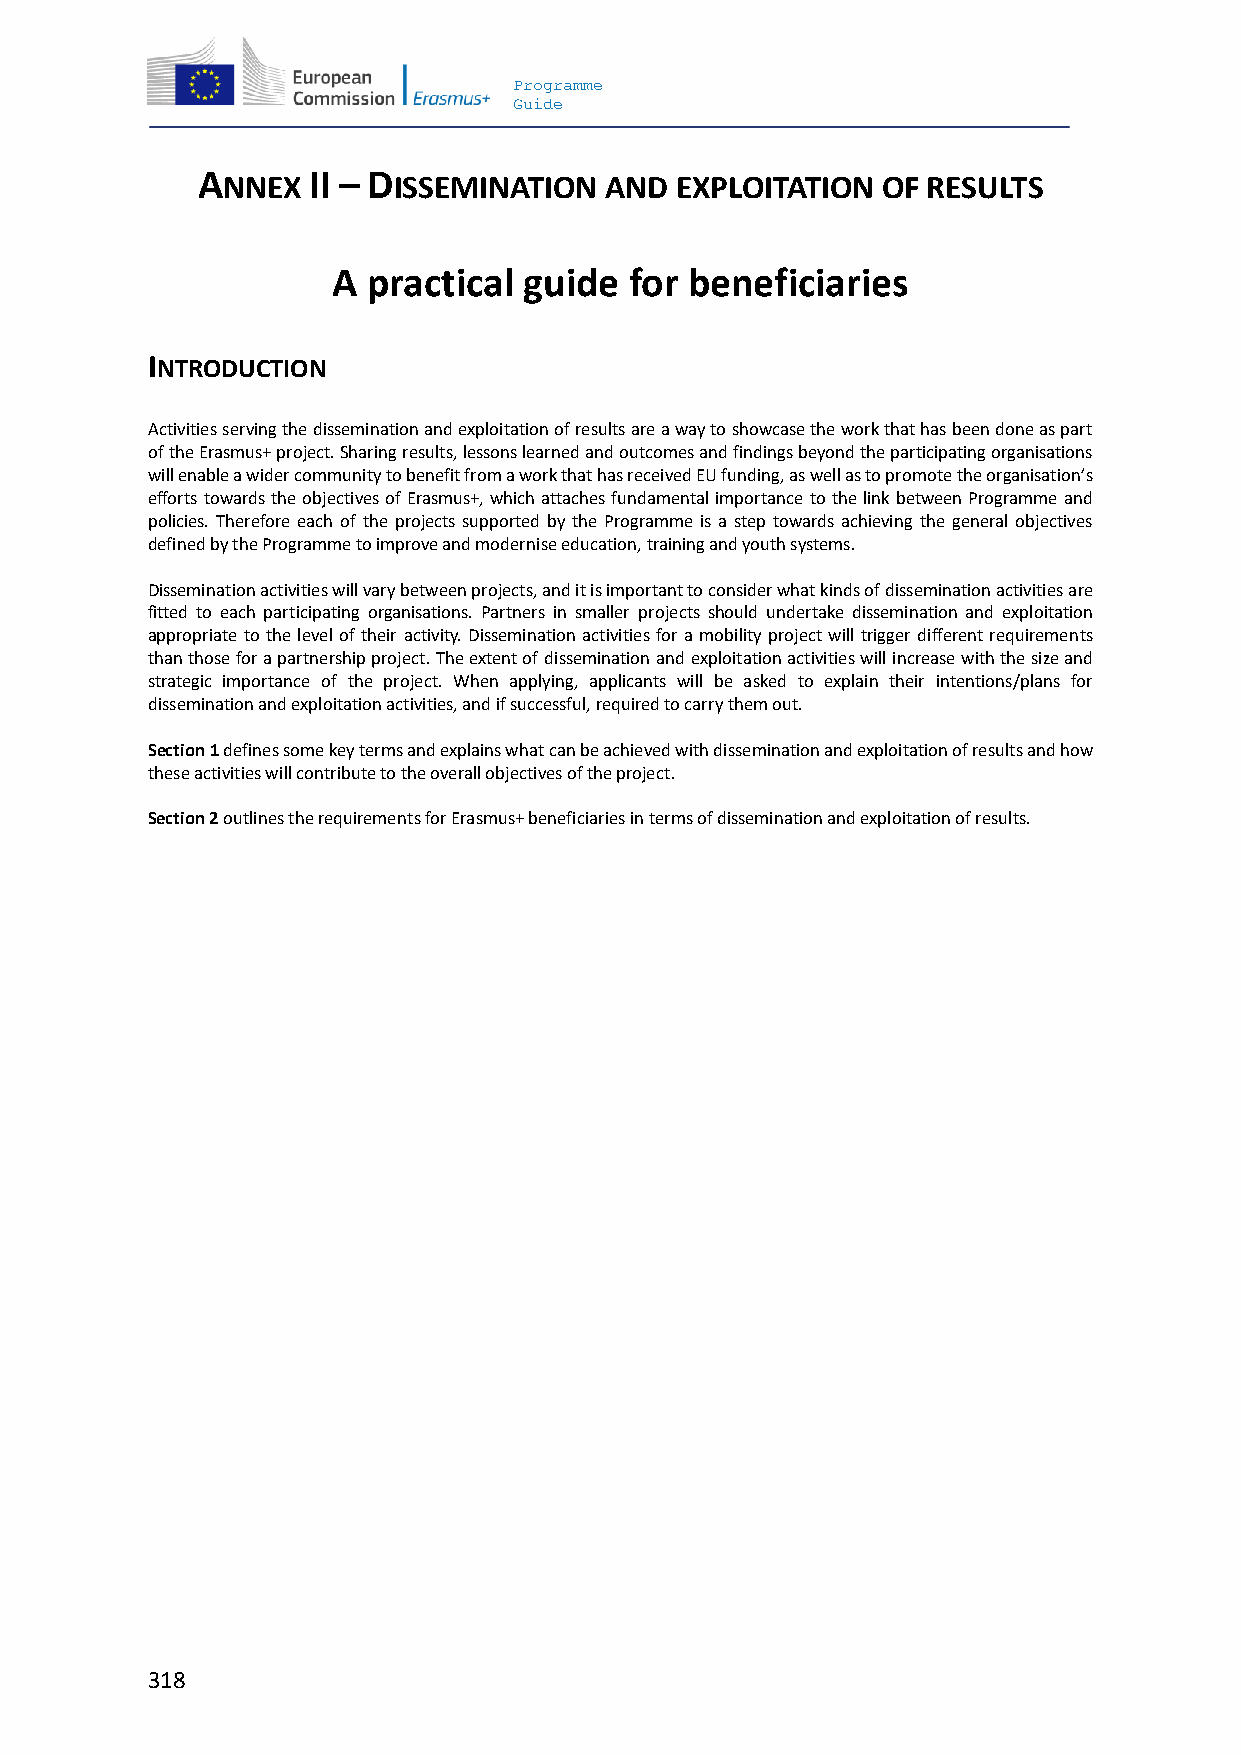
Programme
 Guide
 A      II – D
 NNEX       ISSEMINATION  AND  EXPLOITATION OF RESULTS
 A practical  guide  for beneficiaries
 INTRODUCTION
 Activities serving the dissemination and exploitation of results are a way to showcase the work that has been done as part
 of the Erasmus+ project. Sharing results, lessons learned and outcomes and findings beyond the participating organisations
 will enable a wider community to benefit from a work that has received EU funding, as well as to promote the organisation’s
 efforts towards the objectives of Erasmus+, which attaches fundamental importance to the link between Programme and
 policies. Therefore each of the projects supported by the Programme is a step towards achieving the general objectives
 defined by the Programme to improve and modernise education, training and youth systems.
 Dissemination activities will vary between projects, and it is important to consider what kinds of dissemination activities are
 fitted to each participating organisations. Partners in smaller projects should undertake dissemination and exploitation
 appropriate to the level of their activity. Dissemination activities for a mobility project will trigger different requirements
 than those for a partnership project. The extent of dissemination and exploitation activities will increase with the size and
 strategic importance of the project. When applying, applicants will be asked to explain their intentions/plans for
 dissemination and exploitation activities, and if successful, required to carry them out.
 Section 1 defines some key terms and explains what can be achieved with dissemination and exploitation of results and how
 these activities will contribute to the overall objectives of the project.
 Section 2 outlines the requirements for Erasmus+ beneficiaries in terms of dissemination and exploitation of results.
 318